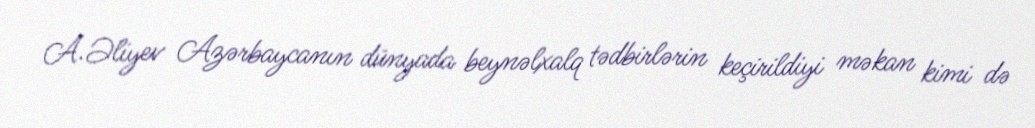
A.Əliyev Azərbaycanın dünyada beynəlxalq tədbirlərin keçirildiyi məkan kimi də